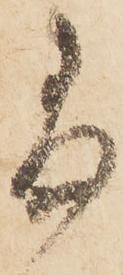
尚